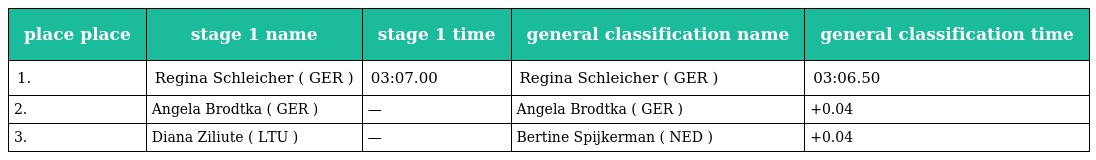
| place place | stage 1 name | stage 1 time | general classification name | general classification time |
 | --- | --- | --- | --- | --- |
 | 1. | Regina Schleicher ( GER ) | 03:07.00 | Regina Schleicher ( GER ) | 03:06.50 |
 | 2. | Angela Brodtka ( GER ) | — | Angela Brodtka ( GER ) | +0.04 |
 | 3. | Diana Ziliute ( LTU ) | — | Bertine Spijkerman ( NED ) | +0.04 |